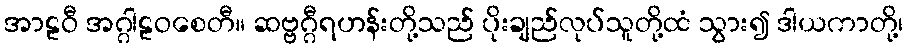
အာဠဝီ အဂ္ဂါဠဝစေတီ။ ဆဗ္ဗဂ္ဂီရဟန်းတို့သည် ပိုးချည်လုပ်သူတို့ထံ သွား၍ ဒါယကာတို့၊